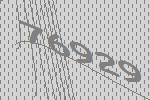
76929